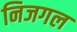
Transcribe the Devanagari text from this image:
निजगल